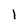
Character: l